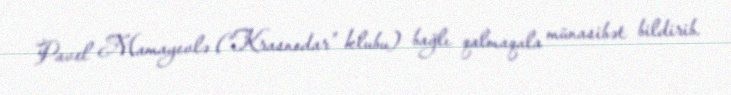
Pavel Mamayevlə (“Krasnodar” klubu) bağlı qalmaqala münasibət bildirib.